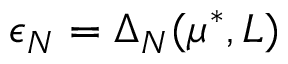
\epsilon _ { N } = \Delta _ { N } ( \mu ^ { * } , L )